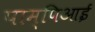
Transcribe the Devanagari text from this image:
पाम्पिआई